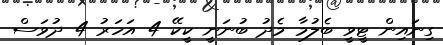
ގިނައިން ޓީވީ ބެލުމާ މެދު ބުނަނީ ކީކޭ 4 އަހަރު 4 ދުވަސް